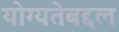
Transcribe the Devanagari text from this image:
योग्यतेबद्दल